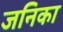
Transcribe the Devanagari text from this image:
जनिका